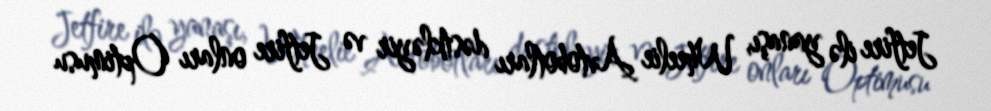
Jetfire ilə yanaşı, Wheelie Avtobotları dəstkləyir və Jetfire onları Optimusu